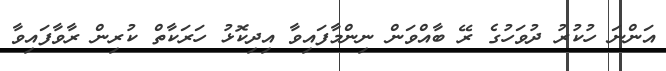
އަންނަ ހުކުރު ދުވަހުގެ ރޭ ބާއްވަން ނިންމާފައިވާ އިދިކޮޅު ހަރަކާތް ކުރިން ރާވާފައިވާ